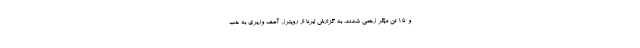
و ۱۵ تن دیگر زخمی شدند. به گزارش ایرنا از رویترز، آصف وزیری به خب